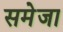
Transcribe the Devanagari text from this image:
समेजा